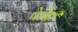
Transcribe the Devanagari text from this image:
पेजैंट्री